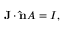
\mathbf { J } \cdot \mathbf { \hat { n } } A = I , \,